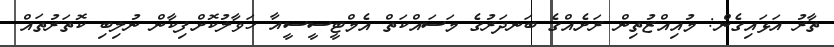
ތާރު އަޅައިގެން: މުއިއްޒުތިން ރަށެއްގެ ބަނދަރުގެ މަސައްކަތް އެމްޓީސީސީއާ ހަވާލުކޮށްފިކާން ނުލިބި ކޮތަރުތައް